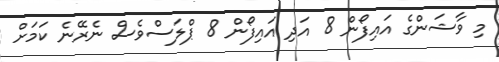
މި ވާޝަންގެ އައިފޯން 8 އަދި އައިފޯން 8 ޕްލަސްވެސް ނެރޭނެ ކަމަށް